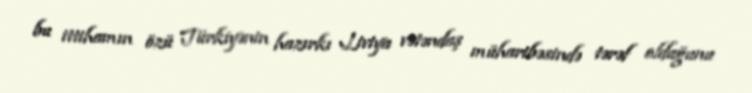
bu ittihamın özü Türkiyənin hazırkı Liviya vətəndaş müharibəsində tərəf olduğunu